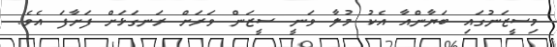
މިސީޒަނުގައި ބަޔާންއާ އެކު މުލާ ވަނީ ސީޒަން ވަރަށް ރަނގަޅަށް ފަށާފަ އެވެ.